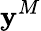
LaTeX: \mathbf{y}^{M}